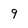
Character: 9